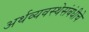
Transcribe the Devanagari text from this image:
अर्थव्यवस्थेसंबंधीचे